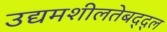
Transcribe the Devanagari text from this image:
उद्यमशीलतेबद्द्ल